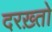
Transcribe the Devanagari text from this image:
दरख़्तो